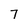
Character: 7